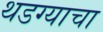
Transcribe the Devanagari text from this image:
थडग्याचा